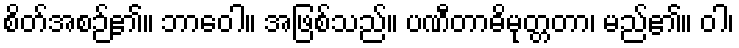
စိတ်အစဉ်၏။ ဘာဝေါ။ အဖြစ်သည်။ ပဏီတာဓိမုတ္တတာ၊ မည်၏။ ဝါ၊